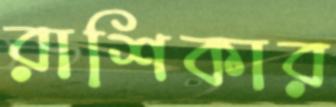
রাশিকার